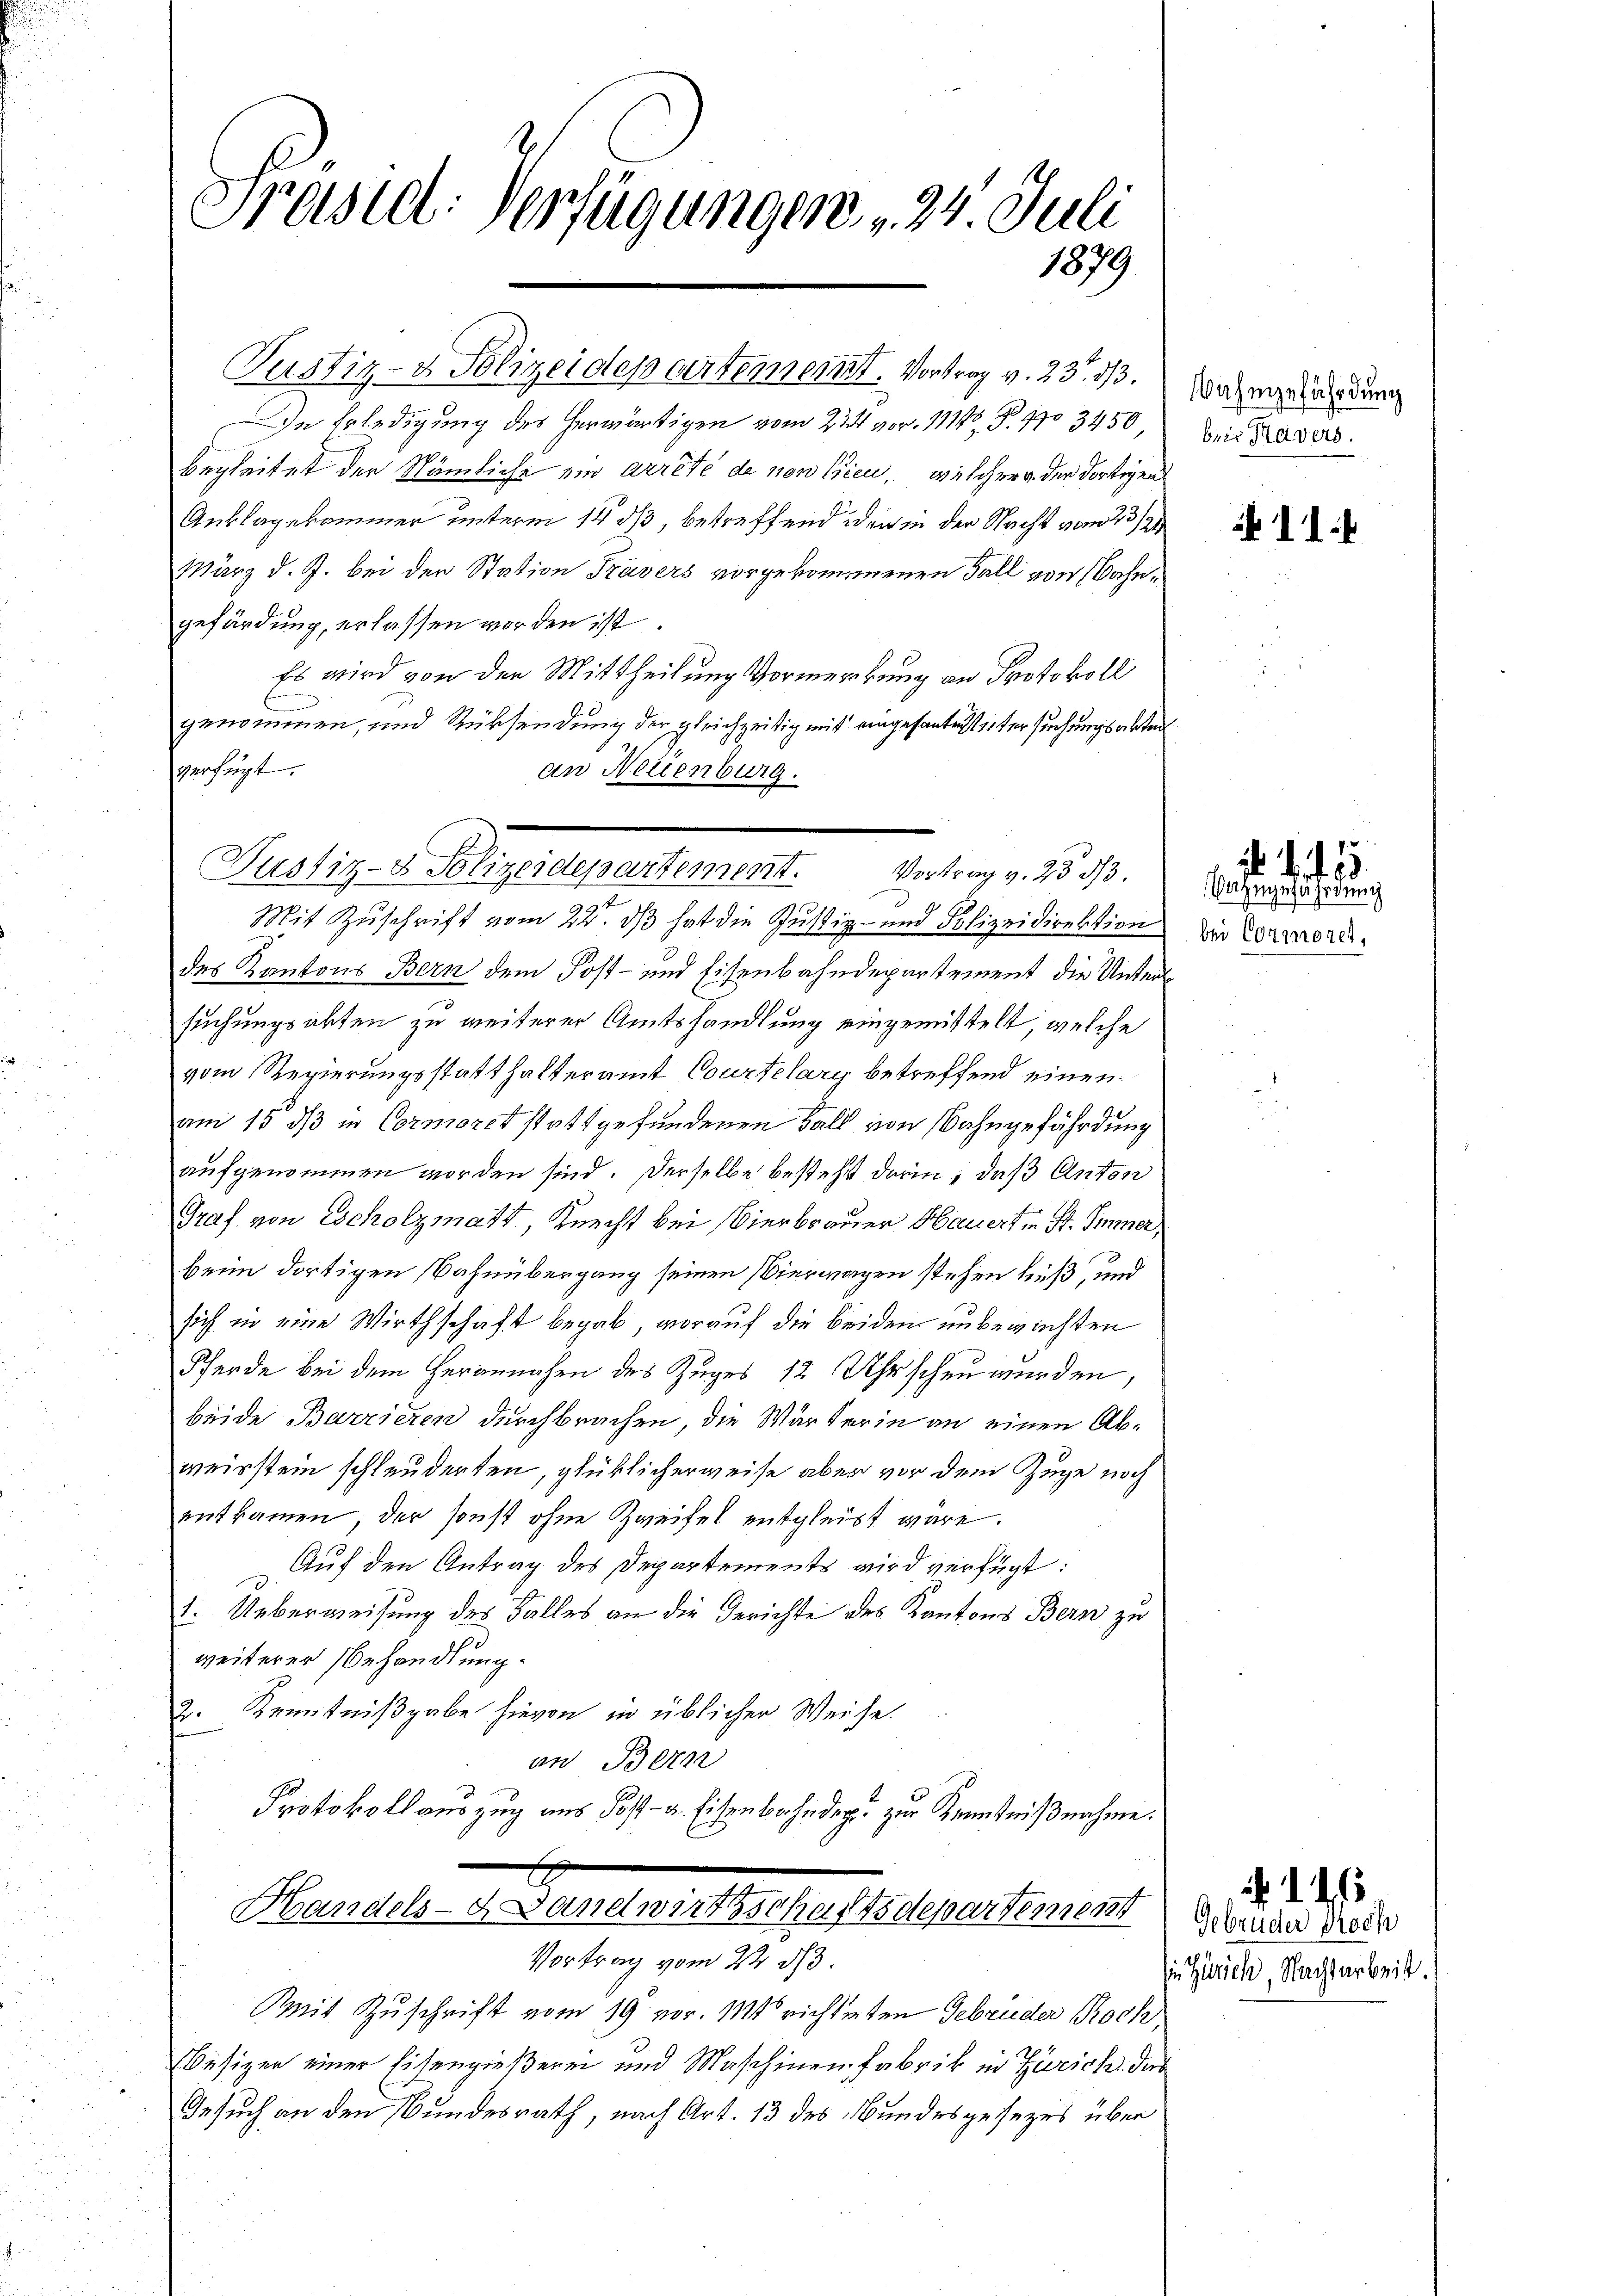
Präsid: Verfügungen 24. Juli
1879

Pustiz- & Polizeidepartement. Vortrag v. 23. 113.

In Erledigung des herwärtigen vom 22t vor. 111 S. 970 3450
begleitet der Nämliche ein arrêté de non lieu, welcher der dortigen
Anklagekammer unterm 14. ds, betreffend iden in der Nacht vom 23/31
März d. J. bei der Station Travers vorgekommenen Fall von Bahngefärdung, erlassen worden ist.
Es wird von der Mittheilung Vormerckung an Protokoll
genommen, und Rücksendung der gleichzeitig mit eingesantettersuchungsabten
penhangt
an Neuenburg.
e
Mit Zuschrift vom 22. ds hat die Justiz- und Polizeidirektion
des Kantons Bern dem Post- und Eisenbahndepartement die Untersuchungsakten zu weiterer Amtshandlung eingemittelt, welche
vom Regierungsstatthalteramt Courtelary betreffend einen
am 15. dß in Cormoret stattgefundenen Fall von Bahngefährdung
aufgenommen worden sind. Derselbe besteht darin, daß Anton
Graf von Escholzmatt, Knecht bei Vierbrauer Hauert in St. Sinner,
beim dortigen Bahnübergang seinen Vierwegen stehen hieß, und
sich in eine Wirthschaft begab, worauf die beiden unbewachten
Pferde bei dem Herannahen des Zuges 12 Uhr schen werden,
beide Barrieren durchbrachen, die Wärterin an einen Abweisstein schleuderten, glücklicherweise aber vor dem Zuge noch
entkammen, der sonst ohne Zweifel entgleicht wäre.
Auf den Antrag des Departements wird verfügt:
1. Ueberweisung des Falles an die Gerichte des Kantons Bern zu
weiterer Behandlung.
2. Kenntnißgabe hievon in üblicher Weise
an Bern
Protokollauszug aus Post- u. Eisenbahndep. zur Kenntnißnahme.
Bauder Garten, auf 12 tenen Bern
Vortrag vom 22. ds.
Mit Zuschrift vom 19 vor. Mt richteten Gebrüder Roch
besizer einer Eisengießerei und Maschinen Fabrik in Zürich das
Gesuch an den Bundesrath, nach Art. 13 des Bundesgesezes über

Justiz- & Polizeidepartement. Vortrag v. 23 3/3.

ahngefährdung
bei Kavers.

11.

Bazugefährdung
bei Cormoret,

Gebrüder Proch
sin Zürich, Nachtarbeit.

d. d.